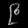
Digit: ၉